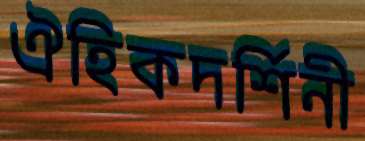
ঐহিকদর্শিনী